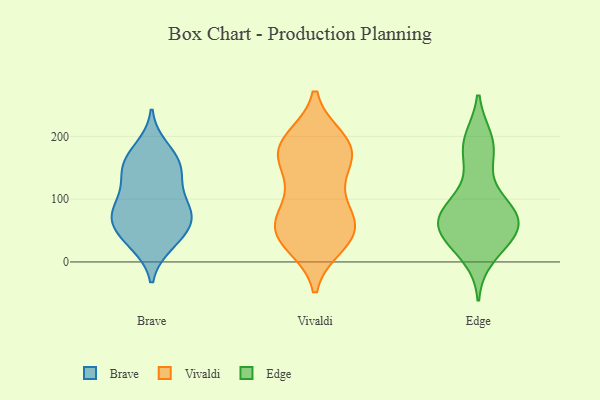
{"axis": {"x": "Population (Million)", "y": "Value"}, "legend": ["Brave", "Edge", "Vivaldi"], "data": [{"x": "", "y": 154, "type": "Brave"}, {"x": "", "y": 57, "type": "Brave"}, {"x": "", "y": 74, "type": "Brave"}, {"x": "", "y": 73, "type": "Brave"}, {"x": "", "y": 132, "type": "Brave"}, {"x": "", "y": 80, "type": "Brave"}, {"x": "", "y": 127, "type": "Brave"}, {"x": "", "y": 32, "type": "Brave"}, {"x": "", "y": 181, "type": "Brave"}, {"x": "", "y": 29, "type": "Brave"}, {"x": "", "y": 82, "type": "Brave"}, {"x": "", "y": 162, "type": "Brave"}, {"x": "", "y": 47, "type": "Brave"}, {"x": "", "y": 92, "type": "Brave"}, {"x": "", "y": 155, "type": "Brave"}, {"x": "", "y": 35, "type": "Vivaldi"}, {"x": "", "y": 159, "type": "Vivaldi"}, {"x": "", "y": 92, "type": "Vivaldi"}, {"x": "", "y": 43, "type": "Vivaldi"}, {"x": "", "y": 49, "type": "Vivaldi"}, {"x": "", "y": 64, "type": "Vivaldi"}, {"x": "", "y": 53, "type": "Vivaldi"}, {"x": "", "y": 178, "type": "Vivaldi"}, {"x": "", "y": 185, "type": "Vivaldi"}, {"x": "", "y": 64, "type": "Vivaldi"}, {"x": "", "y": 114, "type": "Vivaldi"}, {"x": "", "y": 29, "type": "Vivaldi"}, {"x": "", "y": 194, "type": "Vivaldi"}, {"x": "", "y": 153, "type": "Vivaldi"}, {"x": "", "y": 182, "type": "Vivaldi"}, {"x": "", "y": 185, "type": "Vivaldi"}, {"x": "", "y": 75, "type": "Edge"}, {"x": "", "y": 45, "type": "Edge"}, {"x": "", "y": 183, "type": "Edge"}, {"x": "", "y": 32, "type": "Edge"}, {"x": "", "y": 10, "type": "Edge"}, {"x": "", "y": 190, "type": "Edge"}, {"x": "", "y": 44, "type": "Edge"}, {"x": "", "y": 74, "type": "Edge"}, {"x": "", "y": 44, "type": "Edge"}, {"x": "", "y": 55, "type": "Edge"}, {"x": "", "y": 91, "type": "Edge"}, {"x": "", "y": 68, "type": "Edge"}, {"x": "", "y": 87, "type": "Edge"}, {"x": "", "y": 81, "type": "Edge"}, {"x": "", "y": 156, "type": "Edge"}, {"x": "", "y": 194, "type": "Edge"}]}